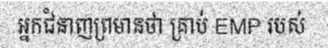
អ្នកជំនាញព្រមានថា គ្រាប់ EMP របស់